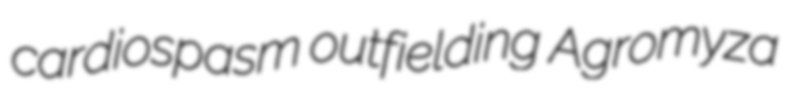
cardiospasm outfielding Agromyza